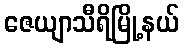
ဇေယျာသီရိမြို့နယ်